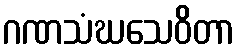
ဂဏသံဃသေဝိတာ